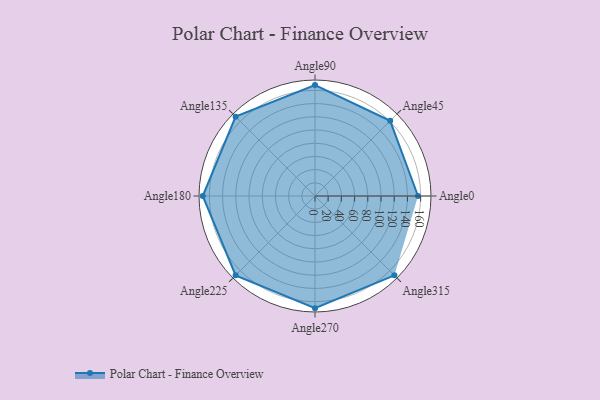
{"axis": {"x": "Angle", "y": "Radius"}, "legend": [""], "data": [{"x": "Angle0", "y": 156.0, "type": ""}, {"x": "Angle45", "y": 161.0, "type": ""}, {"x": "Angle90", "y": 168.0, "type": ""}, {"x": "Angle135", "y": 170, "type": ""}, {"x": "Angle180", "y": 170.0, "type": ""}, {"x": "Angle225", "y": 170, "type": ""}, {"x": "Angle270", "y": 170, "type": ""}, {"x": "Angle315", "y": 170, "type": ""}]}